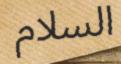
السلام